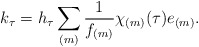
\begin{align*}k_\tau=h_\tau\sum_{(m)}\frac{1}{f_{(m)}}\chi_{(m)}(\tau)e_{(m)}.\end{align*}